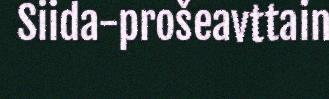
Siida-prošeavttain